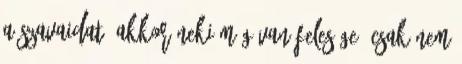
a szavaidat, akkor neki még van felesége, csak nem